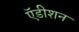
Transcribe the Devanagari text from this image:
ऍडीशन